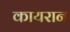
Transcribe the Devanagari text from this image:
कायरान